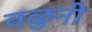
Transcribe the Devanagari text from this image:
वळुनी